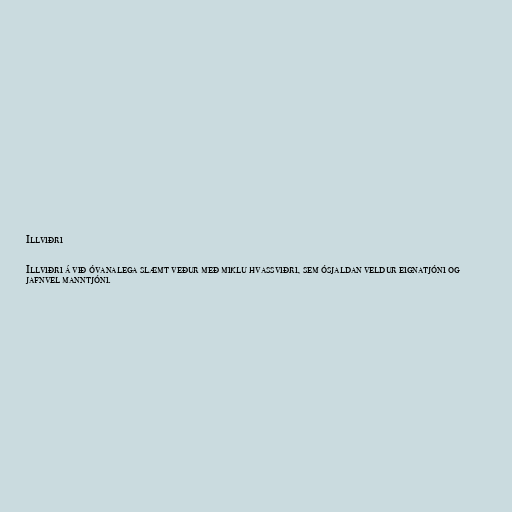
Illviðri

Illviðri á við óvanalega slæmt veður með miklu hvassviðri, sem ósjaldan veldur eignatjóni og
jafnvel manntjóni.